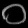
Digit: ၀